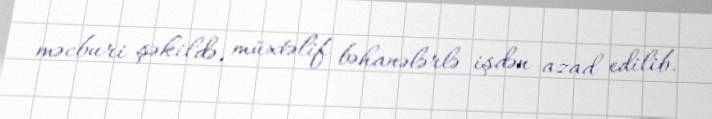
məcburi şəkildə, müxtəlif bəhanələrlə işdən azad edilib.